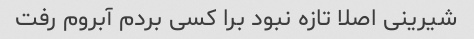
شیرینی اصلا تازه نبود برا کسی بردم آبروم رفت